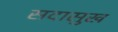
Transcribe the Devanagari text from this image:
सदासुख